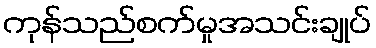
ကုန်သည်စက်မှုအသင်းချုပ်